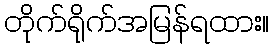
တိုက်ရိုက်အမြန်ရထား။